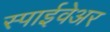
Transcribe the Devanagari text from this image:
स्पाईवेअर